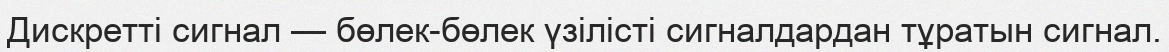
Дискретті сигнал — бөлек-бөлек үзілісті сигналдардан тұратын сигнал.